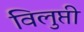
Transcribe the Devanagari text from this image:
विलुप्ती